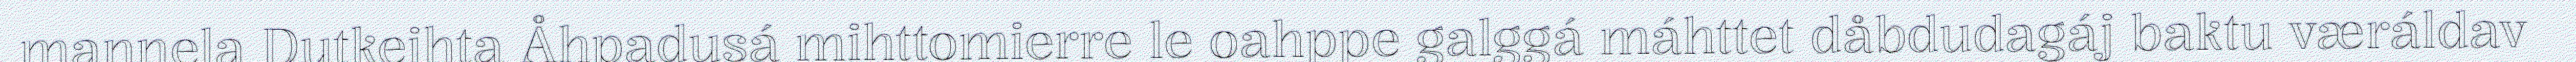
maŋŋela Dutkeihta Åhpadusá mihttomierre le oahppe galggá máhttet dåbdudagáj baktu væráldav